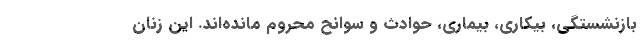
بازنشستگی، بیکاری، بیماری، حوادث و سوانح محروم مانده‌اند. این زنان